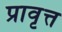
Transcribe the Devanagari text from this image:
प्रावृत्त